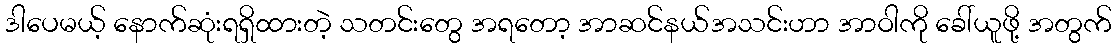
ဒါပေမယ့် နောက်ဆုံးရရှိထားတဲ့ သတင်းတွေ အရတော့ အာဆင်နယ်အသင်းဟာ အာဝါကို ခေါ်ယူဖို့ အတွက်